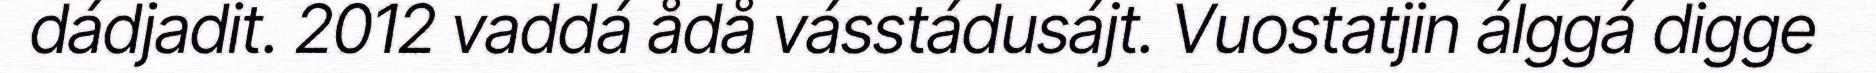
dádjadit. 2012 vaddá ådå vásstádusájt. Vuostatjin álggá digge